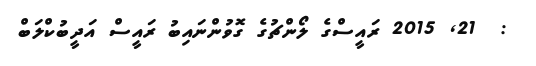
:  21